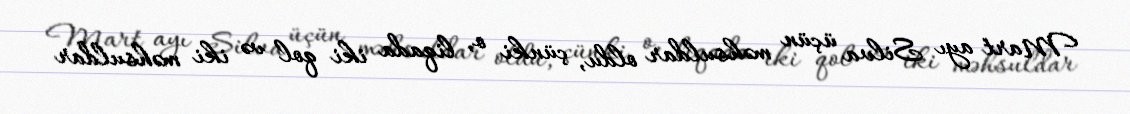
Mart ayı Silva üçün məhsuldar oldu, çünki o, liqada iki qol və iki məhsuldar